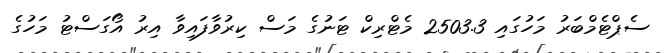
ސެޕްޓެމްބަރު މަހުގައި 2503.3 މެޓްރިކް ޓަނުގެ މަސް ކިރުވާފައިވާ އިރު އޯގަސްޓު މަހުގެ